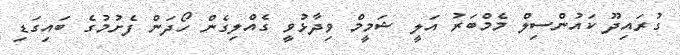
ގުރައިދޫ ކައުންސިލް މެމްބަރު އަލީ ޝަމީމް ވިދާޅުވީ ގެއްލިގެން ހޯދަން ފެށުމުގެ ބައިގަޑި